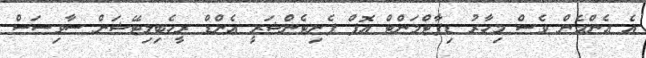
އެ އެންމެން ވެސް މިހާރު ޑިޕާޓްމަންޓް އޮފް ޕެނިޓެންޝަރީ އެންޑް ރީހެބިލިޓޭޝަން ސާވިސަސް